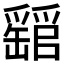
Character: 𤕁